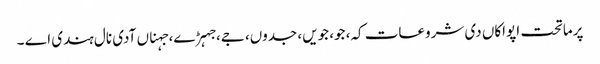
پرماتحت اپواکاں دی شروعات کہ، جو، جویں، جدوں، جے، جہڑے، جہناں آدی نال ہندی اے ۔